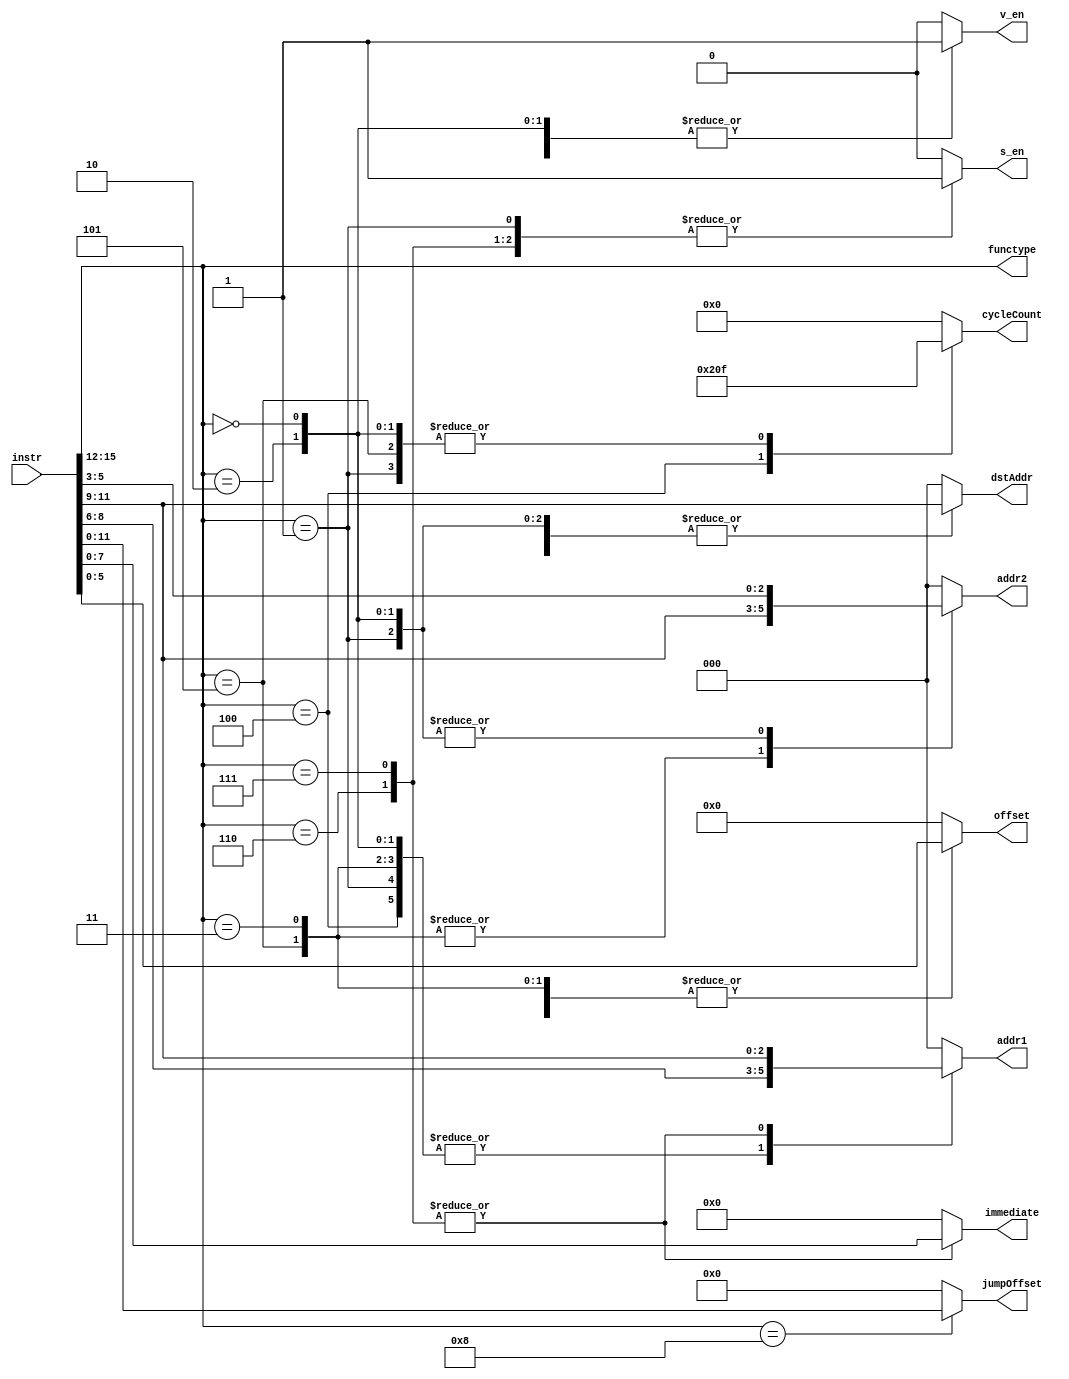
module decode(instr, cycleCount, functype, v_en,  s_en,
               offset, dstAddr, addr1, addr2, immediate, jumpOffset);

input [15:0] instr;

output reg v_en, s_en;
output reg [2:0] addr1, addr2, dstAddr;
output [3:0] functype;
output reg [4:0] cycleCount;
output reg [5:0] offset;
output reg [7:0] immediate;
output reg [11:0] jumpOffset;

/* Instruction Codes */
localparam VADD = 4'b0000;
localparam VDOT = 4'b0001;
localparam SMUL = 4'b0010;
localparam SST = 4'b0011;
localparam VLD = 4'b0100;
localparam VST = 4'b0101;
localparam SLL = 4'b0110;
localparam SLH = 4'b0111;
localparam J = 4'b1000;
localparam NOP = 4'b1111;

assign functype = instr[15:12];

always @(*) begin // Re-evaluate control signals each instruction
  // Defaults so that flops get inferred
  v_en = 1'b0;
  s_en = 1'b0;
  addr1 = 3'b000;
  addr2 = 3'b000;
  dstAddr = 3'b000;
  cycleCount = 4'h0; // Will be 0(SST and other 1 calculation operations), 15(VST) or 16(VLD)
  offset = 6'd0;
  immediate = 8'h00;
  jumpOffset = 12'h000;

  case(functype) // Still need to add the rest of the instruction types
    VADD:
      begin
        cycleCount = 5'd15;     // Cycles needed
        v_en = 1'b1;
        addr1 = instr[8:6];
        addr2 = instr[5:3];
        dstAddr = instr[11:9];
      end
    VDOT:
      begin
        s_en = 1'b1;            // We're writing to a scalar register later
        dstAddr = instr[11:9];   // Destination register (SRD)
        addr1 = instr[8:6];      // Operand 1 (VRS)
        addr2 = instr[5:3];      // Operand 2 (VRT)
        cycleCount = 4'd15;     // Cycles needed
      end
    VLD:
      begin
        v_en = 1'b1;
        addr1 =  instr[8:6];
        dstAddr = instr[11:9];
        cycleCount = 5'd16; // Need to delay one more cycle than a store
        offset = instr[5:0];
      end
    VST:
      begin
        addr1 = instr[8:6];   // Base register (SRS)
        addr2 = instr[11:9];  // Contents to store 
        cycleCount = 4'd15; 
        offset = instr[5:0];
      end
    SST:
      begin
        addr1 = instr[8:6];   // Base register (SRS)
        addr2 = instr[11:9];  // Contents to store
        offset = instr[5:0];
      end
    SMUL:
      begin
        v_en = 1'b1;            // We'll be writing a vector later
        dstAddr = instr[11:9];  // Destination register (VRD)
        addr1 = instr[8:6];     // Vector register (VRS)
        addr2 = instr[5:3];     // Scalar register (SRT)
        cycleCount = 5'd15;     // Cycles needed
      end
    SLL:
      begin
        s_en = 1'b1;
        addr1 = instr[11:9];
        dstAddr = instr[11:9];
        immediate = instr[7:0];
      end
    SLH:
      begin
        s_en = 1'b1;
        addr1 = instr[11:9];
        dstAddr = instr[11:9];
        immediate = instr[7:0];
      end
    J:
      begin
        jumpOffset = instr[11:0];
      end
    default: begin end /* NOP; leave it all zero */
  endcase
end
    
endmodule